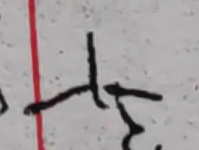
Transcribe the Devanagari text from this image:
ते